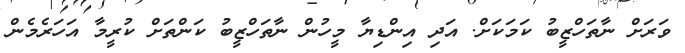
ވަރަށް ނާތަހްޒީބު ކަމަކަށް. އަދި އިންޑިޔާ މީހުން ނާތަހްޒީބު ކަންތަށް ކުރީމާ އަހަރެމެން